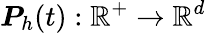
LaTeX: \boldsymbol{P}_{h}(t):\mathbb{R}^{+}\rightarrow\mathbb{R}^{d}